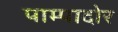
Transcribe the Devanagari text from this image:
पाम्पादोर